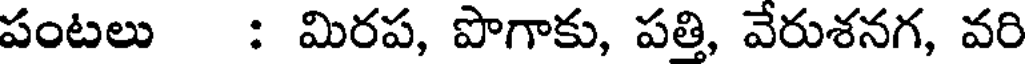
పంటలు : మిరప, పొగాకు, పత్తి, వేరుశనగ, వరి